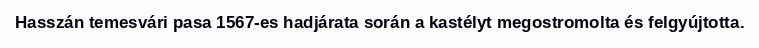
Hasszán temesvári pasa 1567-es hadjárata során a kastélyt megostromolta és felgyújtotta.